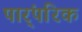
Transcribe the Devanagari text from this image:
पार्ंपरिक